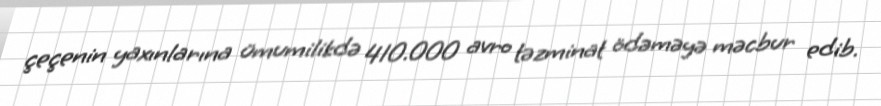
çeçenin yaxınlarına ümumilikdə 410.000 avro təzminat ödəməyə məcbur edib.